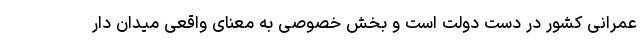
عمرانی کشور در دست دولت است و بخش خصوصی به معنای واقعی میدان دار